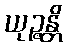
ယုဉ္ဇန္တိ